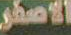
الاصفر